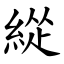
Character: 緃